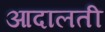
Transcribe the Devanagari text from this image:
आदालती